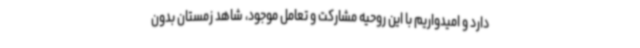
دارد و امیدواریم با این روحیه مشارکت و تعامل موجود، شاهد زمستان بدون